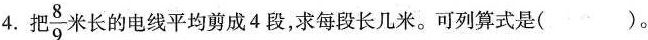
4. 把 \frac{8}{9} 米长的电线平均剪成4段，求每段长几米。可列算式是( )。